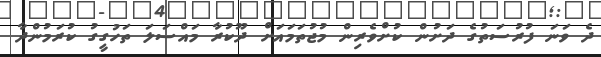
ދެ ވަނަ ފުރުސަތުގެ ދަށުން ކުށްވެރިން މުޖުތަމައަށް ދޫކުރާ މައްސަލަ ތަހުގީގު ކުރަމުންދާ